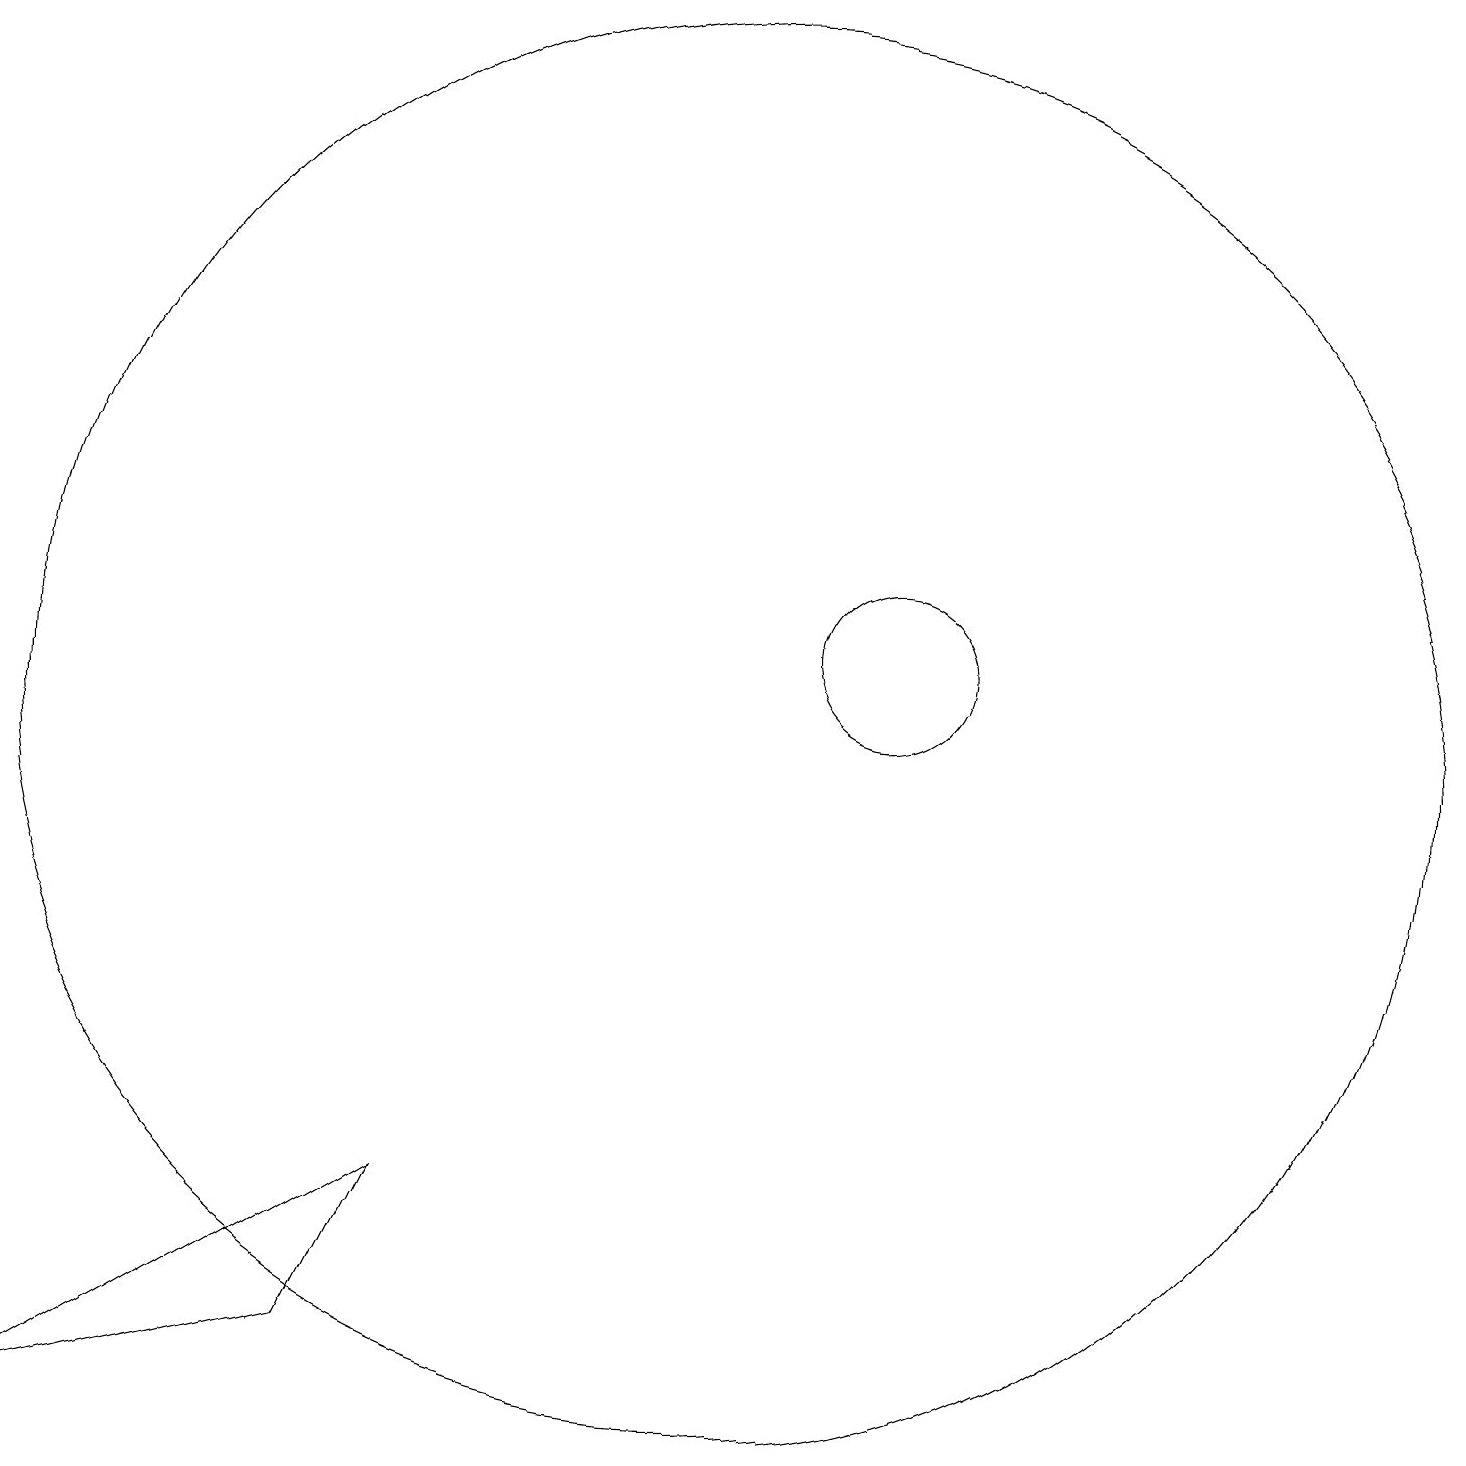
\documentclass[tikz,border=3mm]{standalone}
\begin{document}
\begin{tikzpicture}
\draw (12,11) circle (1);
\draw (10,10) circle (9);
\draw (5,2) -- (1,1) -- (6,4) -- cycle;
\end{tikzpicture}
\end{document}